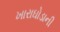
ખારાઘોડાની